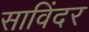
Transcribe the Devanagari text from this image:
साविंदर